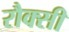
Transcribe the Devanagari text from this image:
रौक्सी